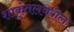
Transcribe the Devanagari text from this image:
शाकुंतलवरील